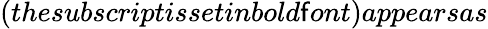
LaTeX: (thesubscriptissetinbold\mathsf{f}ont)appearsas